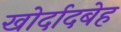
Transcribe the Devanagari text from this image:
खोर्दादबेह